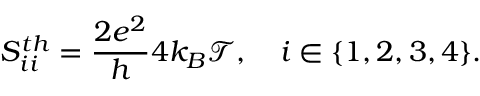
{ S _ { i i } ^ { t h } = \frac { 2 e ^ { 2 } } { h } 4 k _ { B } \mathcal { T } , \quad i \in \{ 1 , 2 , 3 , 4 \} } .